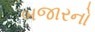
બજારનો